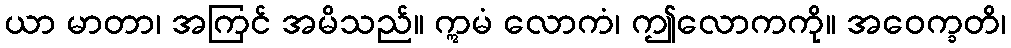
ယာ မာတာ၊ အကြင် အမိသည်။ ဣမံ လောကံ၊ ဤလောကကို။ အဝေက္ခတိ၊